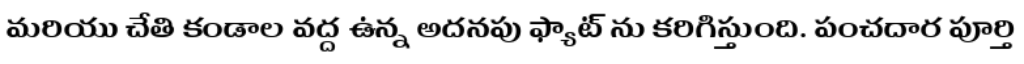
మరియు చేతి కండాల వద్ద ఉన్న అదనపు ఫ్యాట్ ను కరిగిస్తుంది. పంచదార పూర్తి